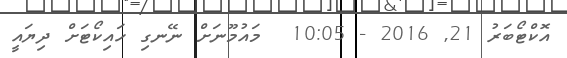
އޮކްޓޯބަރު 21